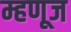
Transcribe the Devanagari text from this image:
म्हणूज